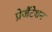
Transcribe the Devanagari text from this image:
प्रेजैंटेशन